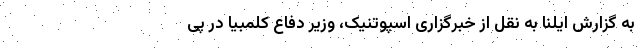
به گزارش ایلنا به نقل از خبرگزاری اسپوتنیک، وزیر دفاع کلمبیا در پی